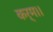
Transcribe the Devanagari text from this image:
कर्म।।